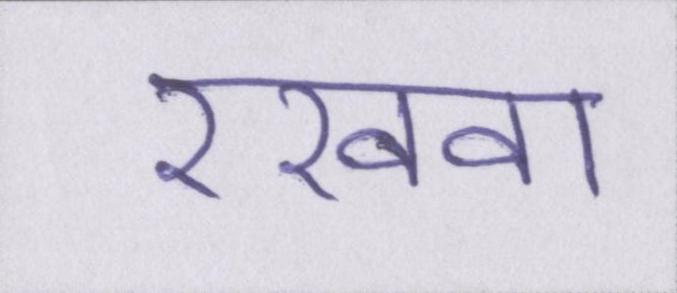
रखवा